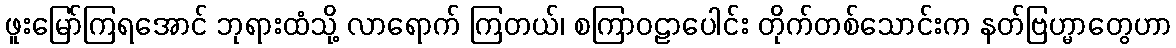
ဖူးမြော်ကြရအောင် ဘုရားထံသို့ လာရောက် ကြတယ်၊ စကြာဝဠာပေါင်း တိုက်တစ်သောင်းက နတ်ဗြဟ္မာတွေဟာ